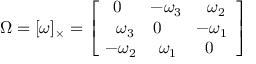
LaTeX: \Omega = [ \omega ] _ { \times } = { \left[ \begin{array} { l l l } { \, \, 0 } & { \! - \omega _ { 3 } } & { \, \, \, \omega _ { 2 } } \\ { \, \, \, \omega _ { 3 } } & { 0 } & { \! - \omega _ { 1 } } \\ { \! - \omega _ { 2 } } & { \, \, \omega _ { 1 } } & { \, \, 0 } \end{array} \right] }